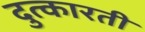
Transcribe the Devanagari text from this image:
दुत्कारती